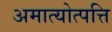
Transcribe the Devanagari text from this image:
अमात्योत्पत्ति